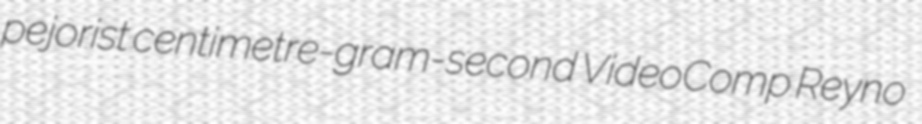
pejorist centimetre-gram-second VideoComp Reyno